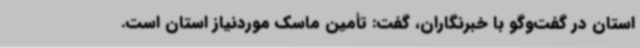
استان در گفت‌وگو با خبرنگاران، گفت: تأمین ماسک موردنیاز استان است.